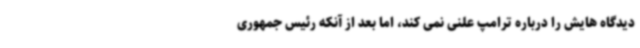
دیدگاه هایش را درباره ترامپ علنی نمی کند، اما بعد از آنکه رئیس جمهوری